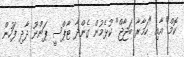
ކޮމް" އާއި "ހަމާރާ ބަޖާޖް" ކުޅެމުން ގެންދާ ޓާޕްސީ ޕަންނޫ ދާދި ފަހުން